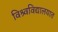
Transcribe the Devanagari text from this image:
विश्र्वविद्यालयात